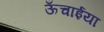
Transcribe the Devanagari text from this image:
ऊँचाईया